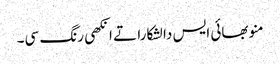
منو بھائی ایس دا لشکارا تے انکھی رنگ سی۔